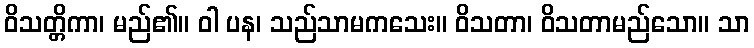
ဝိသတ္တိကာ၊ မည်၏။ ဝါ ပန၊ သည်သာမကသေး။ ဝိသတာ၊ ဝိသတာမည်သော။ သာ